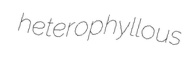
heterophyllous